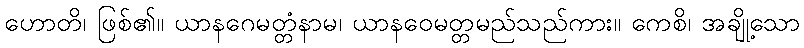
ဟောတိ၊ ဖြစ်၏။ ယာနဂေမတ္တံနာမ၊ ယာနဝေမတ္တမည်သည်ကား။ ကေစိ၊ အချို့သော